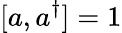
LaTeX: [a,a^{\dagger}]=1